Civil Veterinary Dept. Assam report 1927-50 - 1927-1950
Year: 1927
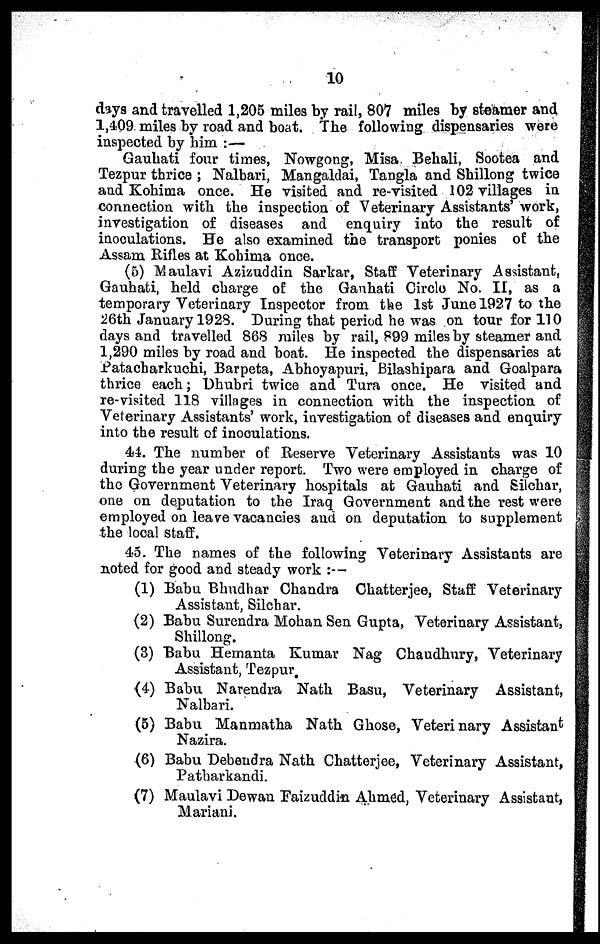
10
days and travelled 1,205 miles by rail, 807 miles by steamer and
1,409 miles by road and boat. The following dispensaries were
inspected by him :—
Gauhati four times, Nowgong, Misa Behali, Sootea and
Tezpur thrice ; Nalbari, Mangaldai, Tangla and Shillong twice
and Kohima once. He visited and re-visited 102 villages in
connection with the inspection of Veterinary Assistants' work,
investigation of diseases and enquiry into the result of
inoculations. He also examined the transport ponies of the
Assam Rifles at Kohima once.
(5) Maulavi Azizuddin Sarkar, Staff Veterinary Assistant,
Gauhati, held charge of the Ganhati Circle No. II, as a
temporary Veterinary Inspector from the 1st June 1927 to the
26th January 1928. During that period he was on tour for 110
days and travelled 868 miles by rail, 899 miles by steamer and
1,290 miles by road and boat. He inspected the dispensaries at
.Patacharkuchi, Barpeta, Abhoyapuri, Bilashipara and Goalpara
thrice each; Dhubri twice and Tura once. He visited and
re-visited 118 villages in connection with the inspection of
Veterinary Assistants' work, investigation of diseases and enquiry
into the result of inoculations.
44. The number of Reserve Veterinary Assistants was 10
during the year under report. Two were employed in charge of
the Government Veterinary hospitals at Gauhati and Silchar,
one on deputation to the Iraq Government and the rest were
employed on leave vacancies and on deputation to supplement
the local staff.
45. The names of the following Veterinary Assistants are
noted for good and steady work :—
(1) Babu Bhudhar Chandra Chatterjee, Staff Veterinary
Assistant, Silchar.
(2) Babu Surendra Mohan Sen Gupta, Veterinary Assistant,
Shillong.
(3) Babu Hemanta Kumar Nag Chaudhury, Veterinary
Assistant, Tezpur
(4) Babu Narendra Nath Basu, Veterinary Assistant,
Nalbari.
(5) Babu Manmatha Nath Ghose, Veterinary Assistant
Nazira.
(6) Babu Debendra Nath Chatterjee, Veterinary Assistant,
Patharkandi.
(7) Maulavi Dewan Eaizuddin Ahmed, Veterinary Assistant,
Mariani.